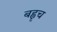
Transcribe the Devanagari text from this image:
बह्वृच